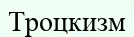
Троцкизм